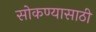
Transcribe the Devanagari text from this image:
सोकण्यासाठी